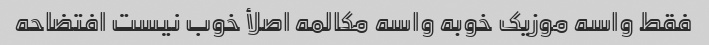
فقط واسه موزیک خوبه واسه مکالمه اصلأ خوب نیست افتضاحه